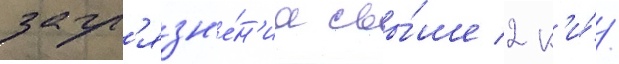
загр'язн'е́н'иа свы́ше 2 к'и́/